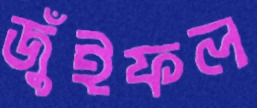
জুঁইফল